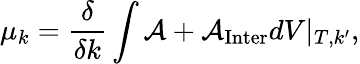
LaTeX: \mu_{k}=\frac{\delta}{\delta k}\int\mathcal{A}+\mathcal{A}_{\mathrm{Inter}}dV\lvert_{T,k^{\prime}},